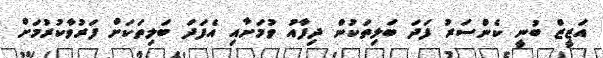
އަޒީޒް ބުނީ ކެންސަރު ފަދަ ބަލިތަކުން ދިފާއު ވުމަށާއި އެފަދަ ބަލިތަކަށް ފަރުވާކުރުމަށް